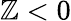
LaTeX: \mathbb{Z}<0